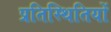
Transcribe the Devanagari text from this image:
प्रतिस्थितियों